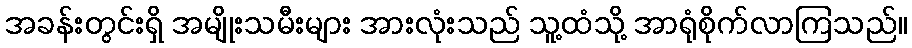
အခန်းတွင်းရှိ အမျိုးသမီးများ အားလုံးသည် သူ့ထံသို့ အာရုံစိုက်လာကြသည်။